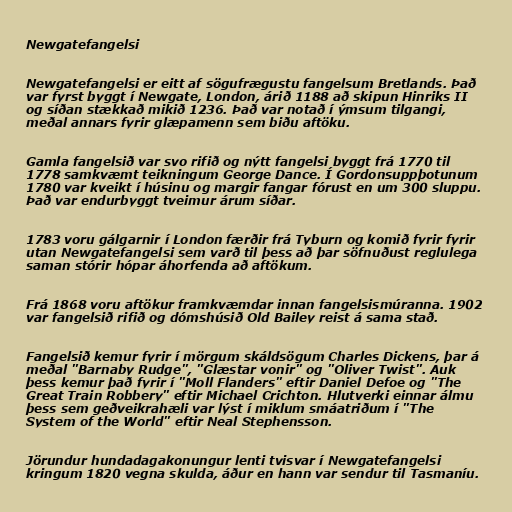
Newgatefangelsi

Newgatefangelsi er eitt af sögufrægustu fangelsum Bretlands. Það
var fyrst byggt í Newgate, London, árið 1188 að skipun Hinriks II
og síðan stækkað mikið 1236. Það var notað í ýmsum tilgangi,
meðal annars fyrir glæpamenn sem biðu aftöku.

Gamla fangelsið var svo rifið og nýtt fangelsi byggt frá 1770 til
1778 samkvæmt teikningum George Dance. Í Gordonsuppþotunum
1780 var kveikt í húsinu og margir fangar fórust en um 300 sluppu.
Það var endurbyggt tveimur árum síðar.

1783 voru gálgarnir í London færðir frá Tyburn og komið fyrir fyrir
utan Newgatefangelsi sem varð til þess að þar söfnuðust reglulega
saman stórir hópar áhorfenda að aftökum.

Frá 1868 voru aftökur framkvæmdar innan fangelsismúranna. 1902
var fangelsið rifið og dómshúsið Old Bailey reist á sama stað.

Fangelsið kemur fyrir í mörgum skáldsögum Charles Dickens, þar á
meðal "Barnaby Rudge", "Glæstar vonir" og "Oliver Twist". Auk
þess kemur það fyrir í "Moll Flanders" eftir Daniel Defoe og "The
Great Train Robbery" eftir Michael Crichton. Hlutverki einnar álmu
þess sem geðveikrahæli var lýst í miklum smáatriðum í "The
System of the World" eftir Neal Stephensson.

Jörundur hundadagakonungur lenti tvisvar í Newgatefangelsi
kringum 1820 vegna skulda, áður en hann var sendur til Tasmaníu.